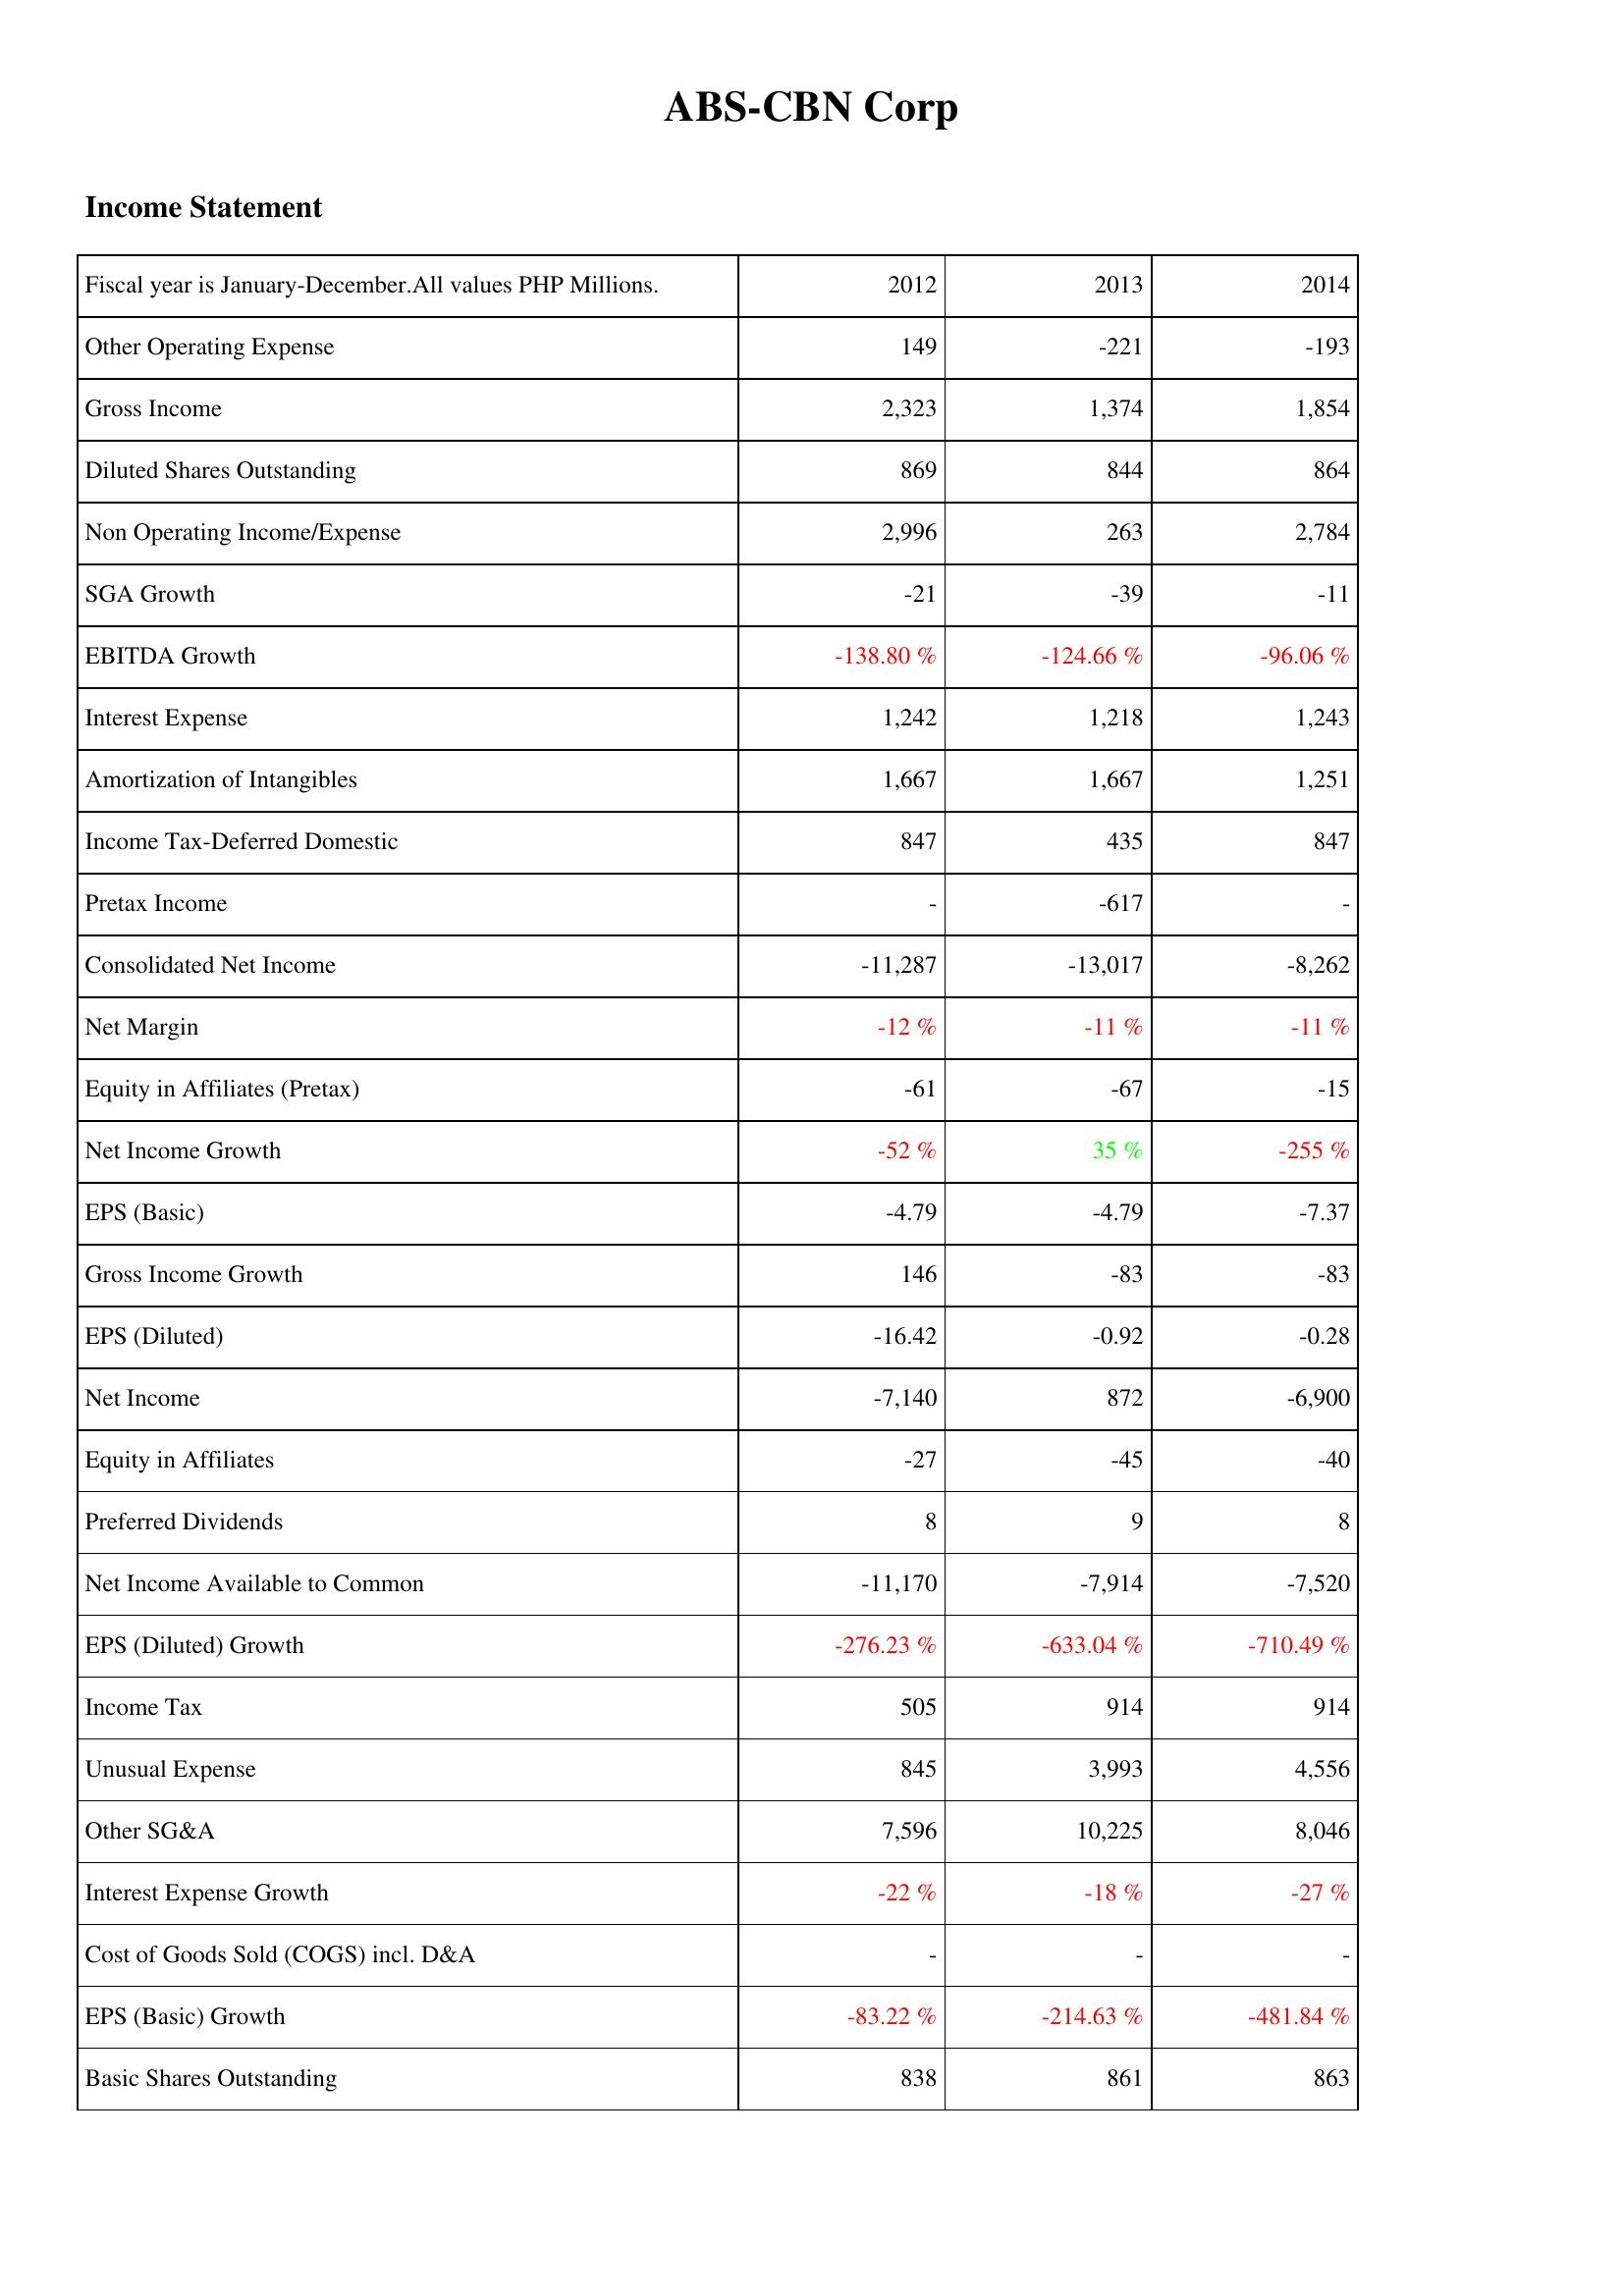
2012: Income Statement: Other Operating Expense: 149
Gross Income: 2,323
Diluted Shares Outstanding: 869
Non Operating Income/Expense: 2,996
SGA Growth: -21
EBITDA Growth: -138.80 %
Interest Expense: 1,242
Amortization of Intangibles: 1,667
Income Tax-Deferred Domestic: 847
Pretax Income: -
Consolidated Net Income: -11,287
Net Margin: -12 %
Equity in Affiliates (Pretax): -61
Net Income Growth: -52 %
EPS (Basic): -4.79
Gross Income Growth: 146
EPS (Diluted): -16.42
Net Income: -7,140
Equity in Affiliates: -27
Preferred Dividends: 8
Net Income Available to Common: -11,170
EPS (Diluted) Growth: -276.23 %
Income Tax: 505
Unusual Expense: 845
Other SG&A: 7,596
Interest Expense Growth: -22 %
Cost of Goods Sold (COGS) incl. D&A: -
EPS (Basic) Growth: -83.22 %
Basic Shares Outstanding: 838
2013: Income Statement: Other Operating Expense: -221
Gross Income: 1,374
Diluted Shares Outstanding: 844
Non Operating Income/Expense: 263
SGA Growth: -39
EBITDA Growth: -124.66 %
Interest Expense: 1,218
Amortization of Intangibles: 1,667
Income Tax-Deferred Domestic: 435
Pretax Income: -617
Consolidated Net Income: -13,017
Net Margin: -11 %
Equity in Affiliates (Pretax): -67
Net Income Growth: 35 %
EPS (Basic): -4.79
Gross Income Growth: -83
EPS (Diluted): -0.92
Net Income: 872
Equity in Affiliates: -45
Preferred Dividends: 9
Net Income Available to Common: -7,914
EPS (Diluted) Growth: -633.04 %
Income Tax: 914
Unusual Expense: 3,993
Other SG&A: 10,225
Interest Expense Growth: -18 %
Cost of Goods Sold (COGS) incl. D&A: -
EPS (Basic) Growth: -214.63 %
Basic Shares Outstanding: 861
2014: Income Statement: Other Operating Expense: -193
Gross Income: 1,854
Diluted Shares Outstanding: 864
Non Operating Income/Expense: 2,784
SGA Growth: -11
EBITDA Growth: -96.06 %
Interest Expense: 1,243
Amortization of Intangibles: 1,251
Income Tax-Deferred Domestic: 847
Pretax Income: -
Consolidated Net Income: -8,262
Net Margin: -11 %
Equity in Affiliates (Pretax): -15
Net Income Growth: -255 %
EPS (Basic): -7.37
Gross Income Growth: -83
EPS (Diluted): -0.28
Net Income: -6,900
Equity in Affiliates: -40
Preferred Dividends: 8
Net Income Available to Common: -7,520
EPS (Diluted) Growth: -710.49 %
Income Tax: 914
Unusual Expense: 4,556
Other SG&A: 8,046
Interest Expense Growth: -27 %
Cost of Goods Sold (COGS) incl. D&A: -
EPS (Basic) Growth: -481.84 %
Basic Shares Outstanding: 863